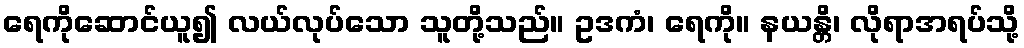
ရေကိုဆောင်ယူ၍ လယ်လုပ်သော သူတို့သည်။ ဥဒကံ၊ ရေကို။ နယန္တိ၊ လိုရာအရပ်သို့